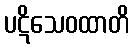
ပဋိသေဝထာတိ